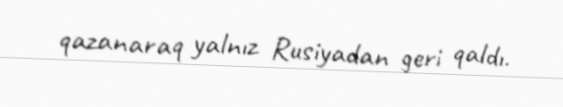
qazanaraq yalnız Rusiyadan geri qaldı.